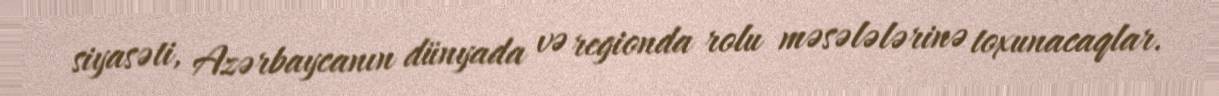
siyasəti, Azərbaycanın dünyada və regionda rolu məsələlərinə toxunacaqlar.